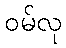
ဝမ်လု